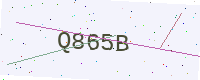
Text: Q865B